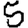
Digit: 5